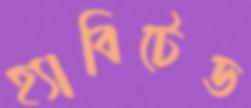
হ্যাবিটেড